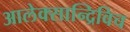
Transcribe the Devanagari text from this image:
आलेक्सान्द्रिविच